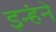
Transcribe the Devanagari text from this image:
इन्हंने